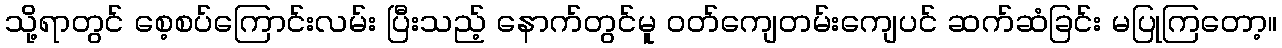
သို့ရာတွင် စေ့စပ်ကြောင်းလမ်း ပြီးသည့် နောက်တွင်မူ ဝတ်ကျေတမ်းကျေပင် ဆက်ဆံခြင်း မပြုကြတော့။